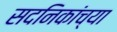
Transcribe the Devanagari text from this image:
सदनिकांच्या